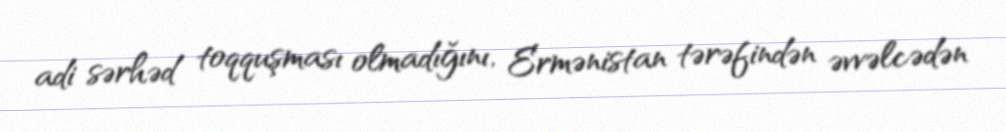
adi sərhəd toqquşması olmadığını, Ermənistan tərəfindən əvvəlcədən